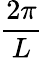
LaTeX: \frac{2\pi}{L}